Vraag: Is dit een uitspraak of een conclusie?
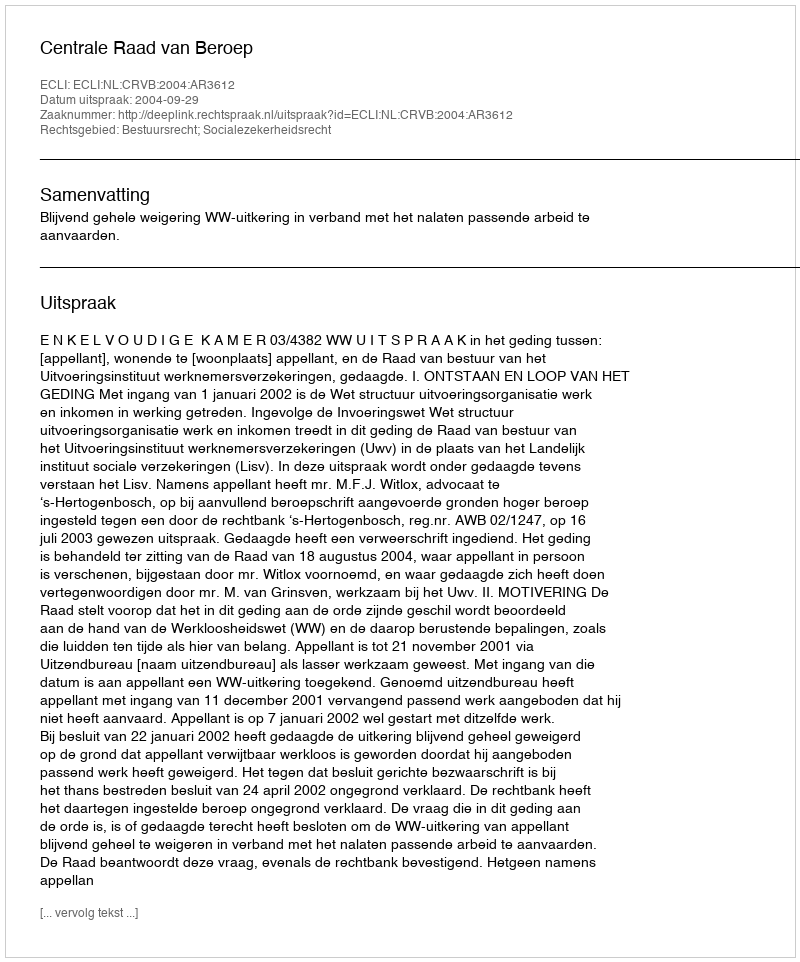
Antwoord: Uitspraak